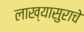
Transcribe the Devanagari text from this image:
लाख्यासुराचे